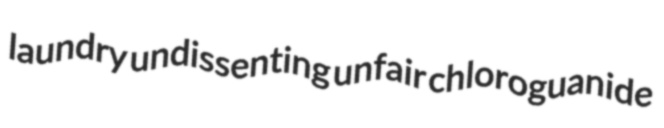
laundry undissenting unfair chloroguanide